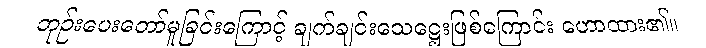
ဘုဉ်းပေးတော်မူခြင်းကြောင့် ချက်ချင်းသေဋ္ဌေးဖြစ်ကြောင်း ဟောထား၏။